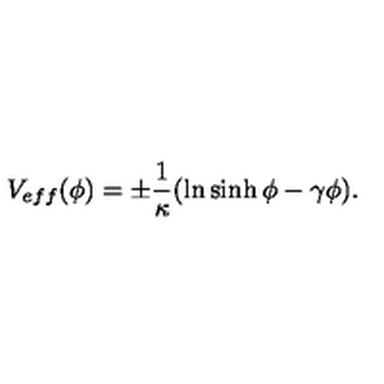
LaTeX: V _ { e f f } ( \phi ) = \pm \frac { 1 } { \kappa } ( \ln \sinh \phi - \gamma \phi ) .